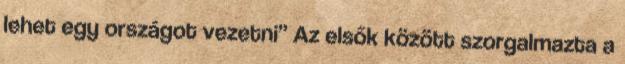
lehet egy országot vezetni” Az elsők között szorgalmazta a